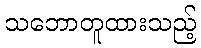
သဘောတူထားသည့်